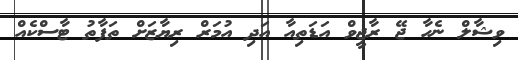
ވިޝާލް ނެހާ ޖޭ ރާޖީވް އަޑަތިއާ އަދި އުމަރް ރިޔާޒަށް ތަފާތު ޓާސްކެއް